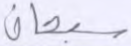
سبحان